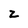
Character: z